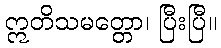
ဣတိသမတ္တော၊ ပြီးပြီ။